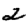
Digit: 2